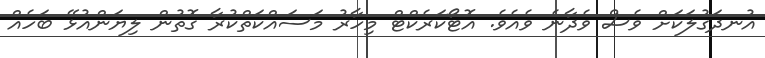
އުނދަގުލަކަށް ވެސް ވެދާނެ ވެއެވެ. އޮޓޯކަރެކްޓް މިހާރު މަސައްކަތްކުރާ ގޮތުން ލިޔަަންއުޅޭ ބަހެއް